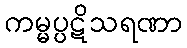
ကမ္မပ္ပဋိသရဏာ